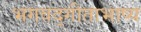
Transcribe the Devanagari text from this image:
भगवद्गीताभाष्य